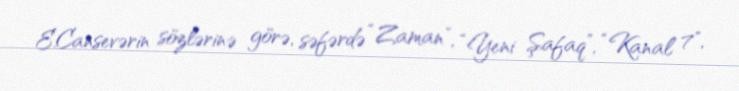
E.Cansevərin sözlərinə görə, səfərdə “Zaman”, “Yeni Şafaq”, “Kanal 7",